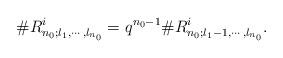
LaTeX: \begin{align*}\#R^i_{n_0;l_1,\cdots,l_{n_0}}=q^{n_0-1}\#R^i_{n_0;l_1-1,\cdots,l_{n_0}}.\end{align*}